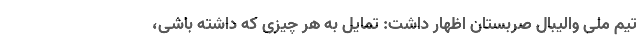
تیم ملی والیبال صربستان اظهار داشت: تمایل به هر چیزی که داشته باشی،